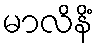
မာလိနိံ